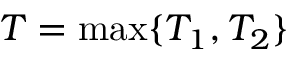
T = \operatorname* { m a x } \{ T _ { 1 } , T _ { 2 } \}